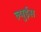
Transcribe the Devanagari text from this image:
ल्युईस